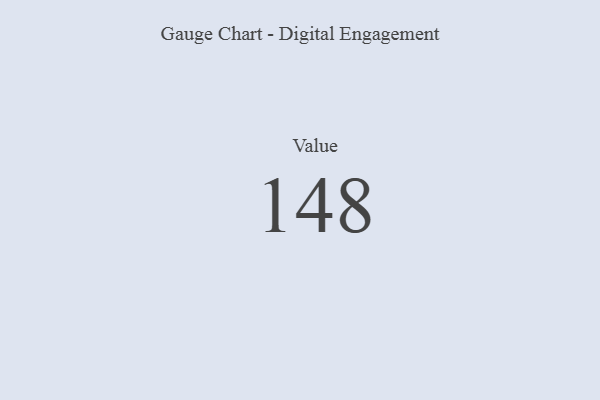
{"axis": {"x": "Metric", "y": "Value"}, "legend": [""], "data": [{"x": "Value", "y": 148, "type": ""}]}